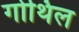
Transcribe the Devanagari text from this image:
गोथिल